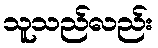
သူသည်လည်း